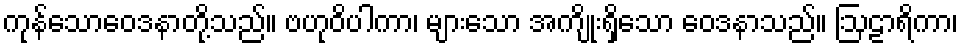
ကုန်သောဝေဒနာတို့သည်။ ဗဟုဝိပါကာ၊ များသော အကျိုးရှိသော ဝေဒနာသည်။ ဩဠာရိကာ၊